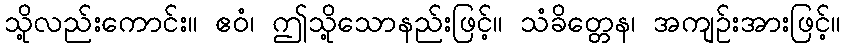
သို့လည်းကောင်း။ ဧဝံ၊ ဤသို့သောနည်းဖြင့်။ သံခိတ္တေန၊ အကျဉ်းအားဖြင့်။